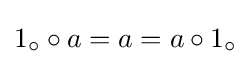
1_{\circ }\circ a=a=a\circ 1_{\circ }